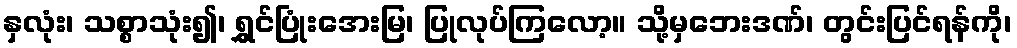
နှလုံး၊ သစ္စာသုံး၍၊ ရွှင်ပြုံးအေးမြ၊ ပြုလုပ်ကြလော့။ သို့မှဘေးဒဏ်၊ တွင်းပြင်ရန်ကို၊